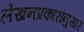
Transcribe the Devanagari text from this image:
लेखनप्रकारांनुसार